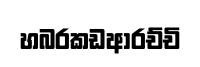
හබරකඩආරච්චි